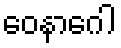
ဝေနာဂေါ